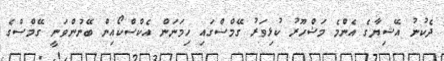
ދެކުނު އޭޝިޔާގެ އެންމެ މަޝްހޫރު ކުޅިވަރު ގޭމްސްގައި ހިމަނަން އެކްސްކޯއިން ބޭނުންވަނީ ގޭމްސްގެ